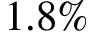
1 . 8 \%